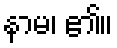
နာမ၊ ၏။